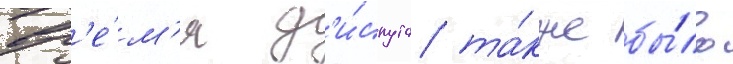
вр'е́м'я д'и́спута та́кже бы́ло